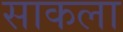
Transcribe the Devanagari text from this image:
साकला